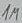
Text: 1M